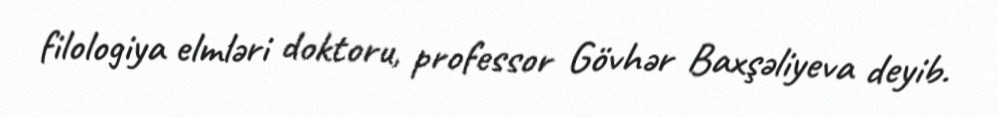
filologiya elmləri doktoru, professor Gövhər Baxşəliyeva deyib.